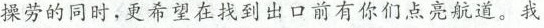
操劳的同时，更希望在找到出口前有你们点亮航道。我